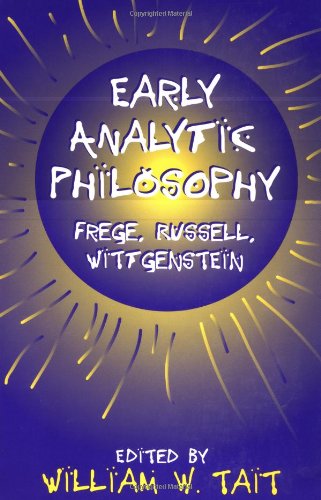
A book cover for Early Analytic Philosophy: Frege, Russell, Wittgenstein; William W. Tait; Politics & Social Sciences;